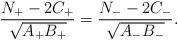
LaTeX: \begin{align*}\frac{N_{+}-2C_{+}}{\sqrt{A_{+}B_{+}}}=\frac{N_{-}-2C_{-}}{\sqrt{A_{-}B_{-}}}.\end{align*}